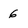
Character: 6